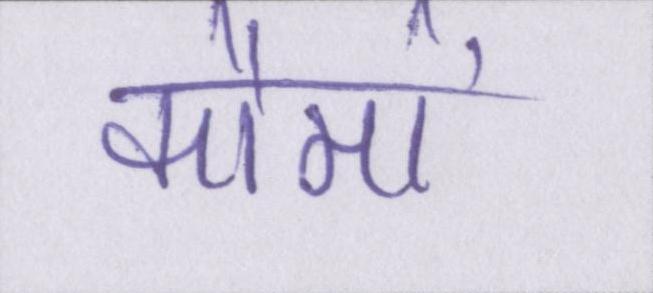
कौमों